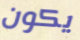
يكون